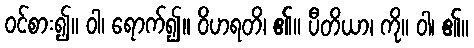
ဝင်စား၍။ ဝါ၊ ရောက်၍။ ဝိဟရတိ၊ ၏။ ပီတိယာ၊ ကို။ ဝါ၊ ၏။